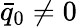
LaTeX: \bar{q}_{0}\neq 0